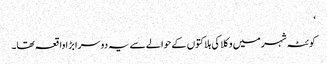
‘
کوئٹہ شہر میں وکلا کی ہلاکتوں کے حوالے سے یہ دوسرا بڑا واقعہ تھا۔